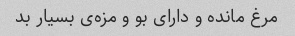
مرغ مانده و دارای بو و مزه‌ی بسیار بد